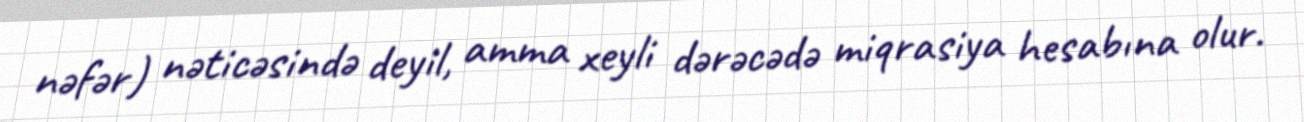
nəfər) nəticəsində deyil, amma xeyli dərəcədə miqrasiya hesabına olur.